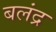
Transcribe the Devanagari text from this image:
बलंद्र